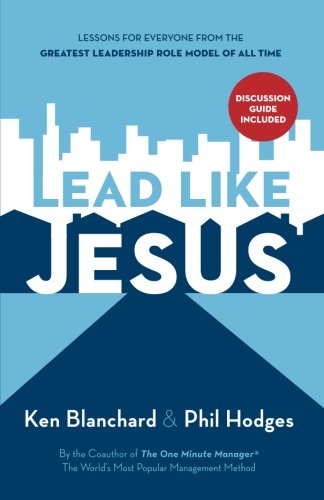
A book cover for Lead Like Jesus: Lessons from the Greatest Leadership Role Model of All Time; Ken Blanchard; Christian Books & Bibles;